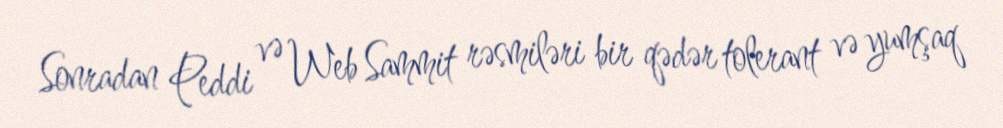
Sonradan Peddi və Web Sammit rəsmiləri bir qədər tolerant və yumşaq